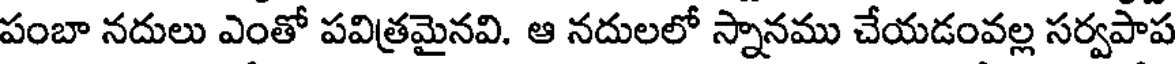
పంబా నదులు ఎంతో పవిత్రమైనవి. ఆ నదులలో స్నానము చేయడంవల్ల సర్వపాప